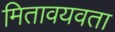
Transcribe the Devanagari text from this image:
मितावयवता